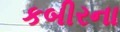
કબીરના